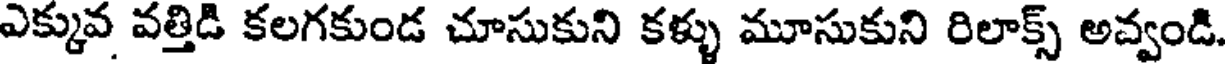
ఎక్కువ వత్తిడి కలగకుండ చూసుకుని కళ్ళు మూసుకుని రిలాక్స్ అవ్వండి.